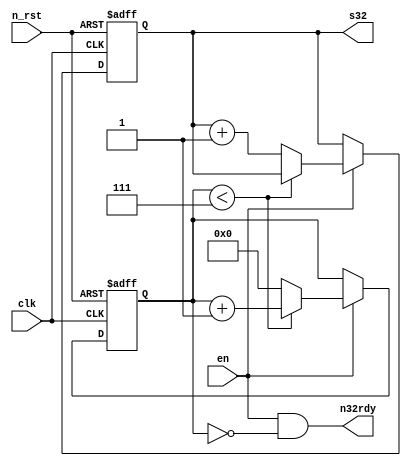
module stream_generator (
	input  clk,
	input  en,
	input  n_rst, 
	output [31:0] s32,
	output  n32rdy
);

parameter OFF = 0,
			 ON  = 1;

assign s32  = counter;
assign n32rdy = ((en == ON) && (ticks == 0));

reg [31:0] counter;

/******************** BYTE STREAM TIMER ********************/ 
// 10 Mbyte/s = 10*2^20 byte/s = 10*2^18 increments of 4-bit-depth number per sec -> increment counter every ~18 ticks
// stream = 10.6*10^6 bytes/s 

reg [4:0] ticks;


//reg[17:0] ticks;
//parameter COUNT_INCREMENT_PERIOD = 187500; // 1K
//parameter COUNT_INCREMENT_PERIOD = 18 - 1; // 10.6
//parameter COUNT_INCREMENT_PERIOD = 5 - 1; // 38.4
//parameter COUNT_INCREMENT_PERIOD = 6 - 1; // 32
//parameter COUNT_INCREMENT_PERIOD = 7 - 1; // 27.4
parameter COUNT_INCREMENT_PERIOD = 8 - 1; // 24
//parameter COUNT_INCREMENT_PERIOD = 9 - 1; // 21.3

always@(posedge clk or negedge n_rst)
begin
	if(n_rst == OFF)
		begin
			ticks = 0;
			counter = 32'hfafbfcfd;
		end
	else 
		begin
			if(en == ON)
				begin
					if(ticks < COUNT_INCREMENT_PERIOD)
						ticks = ticks + 1;
					else 
						begin
							counter = counter + 1;
							ticks = 0;
						end
				end
		end
end


endmodule